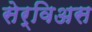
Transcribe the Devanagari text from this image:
सेर्विअस